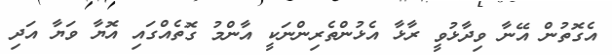
އެގޮތުން އޭނާ ވިދާޅުވީ ރާޅާ އެޅުންތެރިންނަކީ އާންމު ގޮތެއްގައި އޮޔާ ވަޔާ އަދި